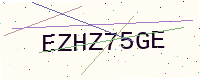
Text: EZHZ75GE